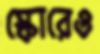
স্কোরেও